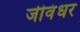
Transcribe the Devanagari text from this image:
जीवंधर